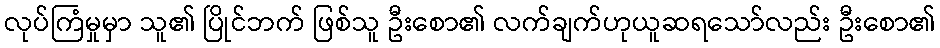
လုပ်ကြံမှုမှာ သူ၏ ပြိုင်ဘက် ဖြစ်သူ ဦးစော၏ လက်ချက်ဟုယူဆရသော်လည်း ဦးစော၏